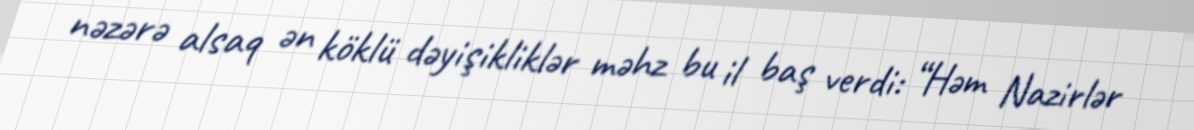
nəzərə alsaq ən köklü dəyişikliklər məhz bu il baş verdi: “Həm Nazirlər